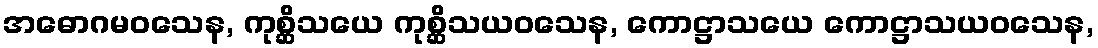
အဓောဂမဝသေန, ကုစ္ဆိသယေ ကုစ္ဆိသယဝသေန, ကောဋ္ဌာသယေ ကောဋ္ဌာသယဝသေန,